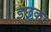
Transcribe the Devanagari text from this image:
इछुक